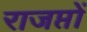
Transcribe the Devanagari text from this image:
राजप्तों